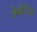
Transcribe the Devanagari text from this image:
सेवेंटीस